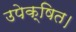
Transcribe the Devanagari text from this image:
उपेक्षित।